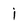
Character: i